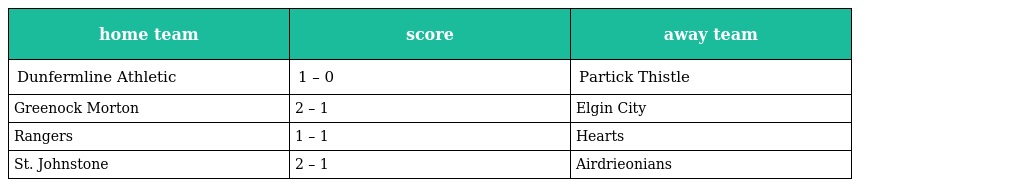
| home team | score | away team |
 | --- | --- | --- |
 | Dunfermline Athletic | 1 – 0 | Partick Thistle |
 | Greenock Morton | 2 – 1 | Elgin City |
 | Rangers | 1 – 1 | Hearts |
 | St. Johnstone | 2 – 1 | Airdrieonians |